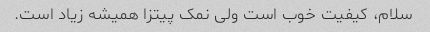
سلام، کیفیت خوب است ولی نمک پیتزا همیشه زیاد است.